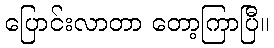
ပြောင်းလာတာ တော့ကြာပြီ။